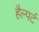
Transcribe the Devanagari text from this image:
हैल्पर्ट